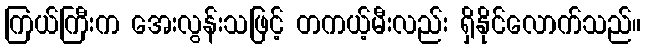
ကြယ်ကြီးက အေးလွန်းသဖြင့် တကယ့်မီးလည်း ရှိနိုင်လောက်သည်။